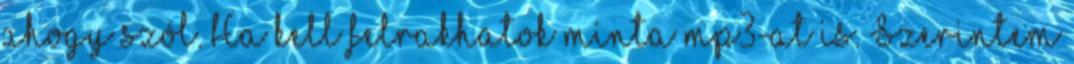
ahogy szól. Ha kell felrakhatok minta mp3-at is. Szerintem